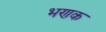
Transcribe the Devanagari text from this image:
भणक